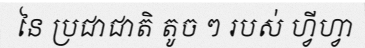
នៃ ប្រជាជាតិ តូច ៗ របស់ ហ្វីហ្វា